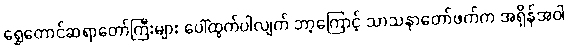
ရွှေတောင်ဆရာတော်ကြီးများ ပေါ်ထွက်ပါလျက် ဘာ့ကြောင့် သာသနာတော်ဖက်က အရှိန်အဝါ